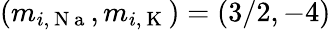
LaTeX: (m_{i,\mathrm{~N~a~}},m_{i,\mathrm{~K~}})=(3/2,-4)